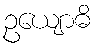
ဥယျောဓိ